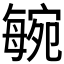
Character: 𣫼